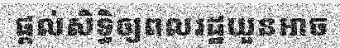
ផ្តល់សិទ្ធិឲ្យពលរដ្ឋយួនអាច